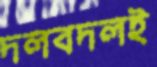
দলবদলই